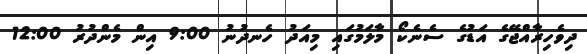
ދިވެހިރާއްޖޭގެ އަޑުގެ ސެނެކޯ މާލަމުގައި މިއަދު ހެނދުނު 9:00 އިން މެންދުރު 12:00